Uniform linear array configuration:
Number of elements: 12
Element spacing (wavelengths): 0.75
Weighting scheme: binomial
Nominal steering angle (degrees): -60
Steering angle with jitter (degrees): -58.695
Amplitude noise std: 0.05
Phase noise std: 0.05

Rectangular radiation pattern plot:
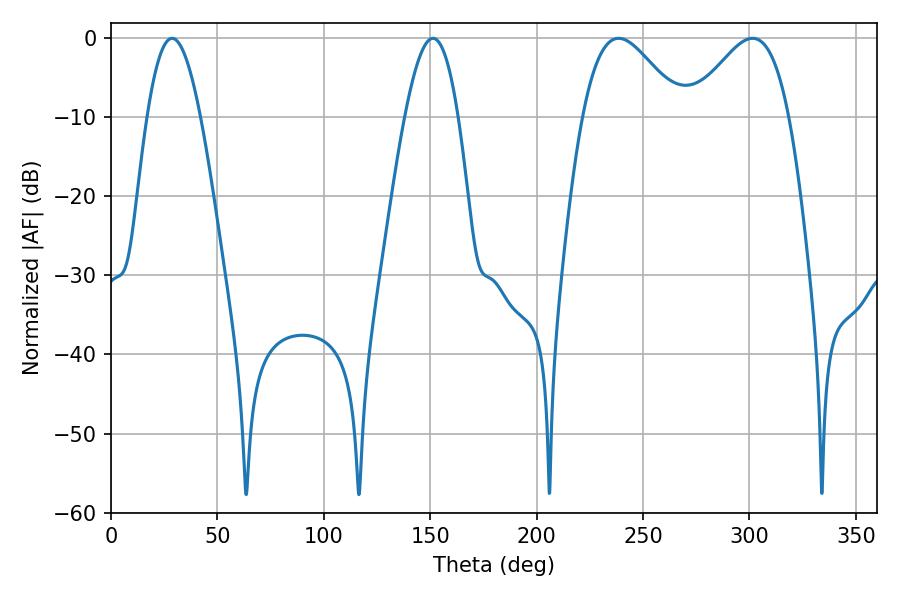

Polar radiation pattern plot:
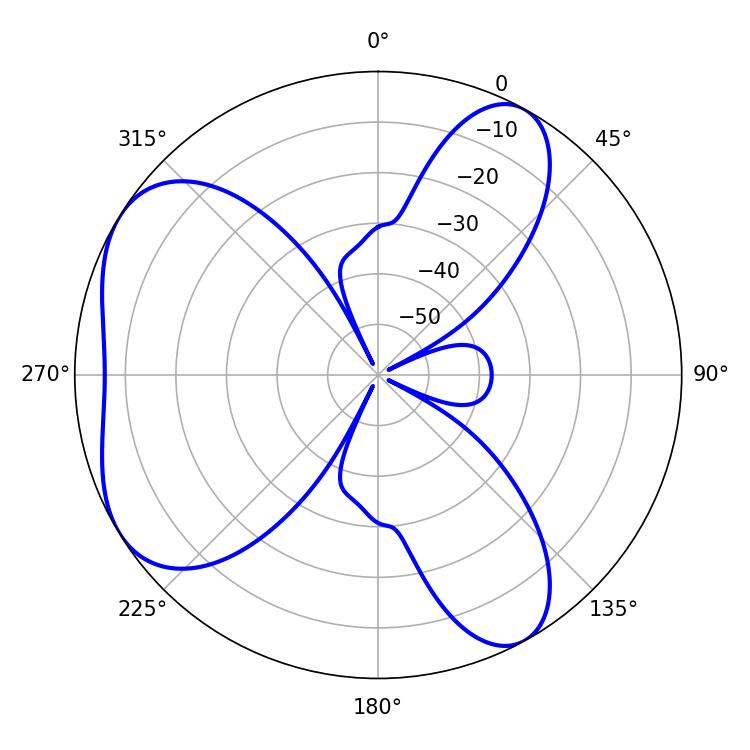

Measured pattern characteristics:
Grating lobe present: TRUE
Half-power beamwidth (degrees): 24.84
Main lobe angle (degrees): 301.5